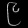
Digit: ၉